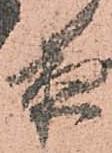
夜